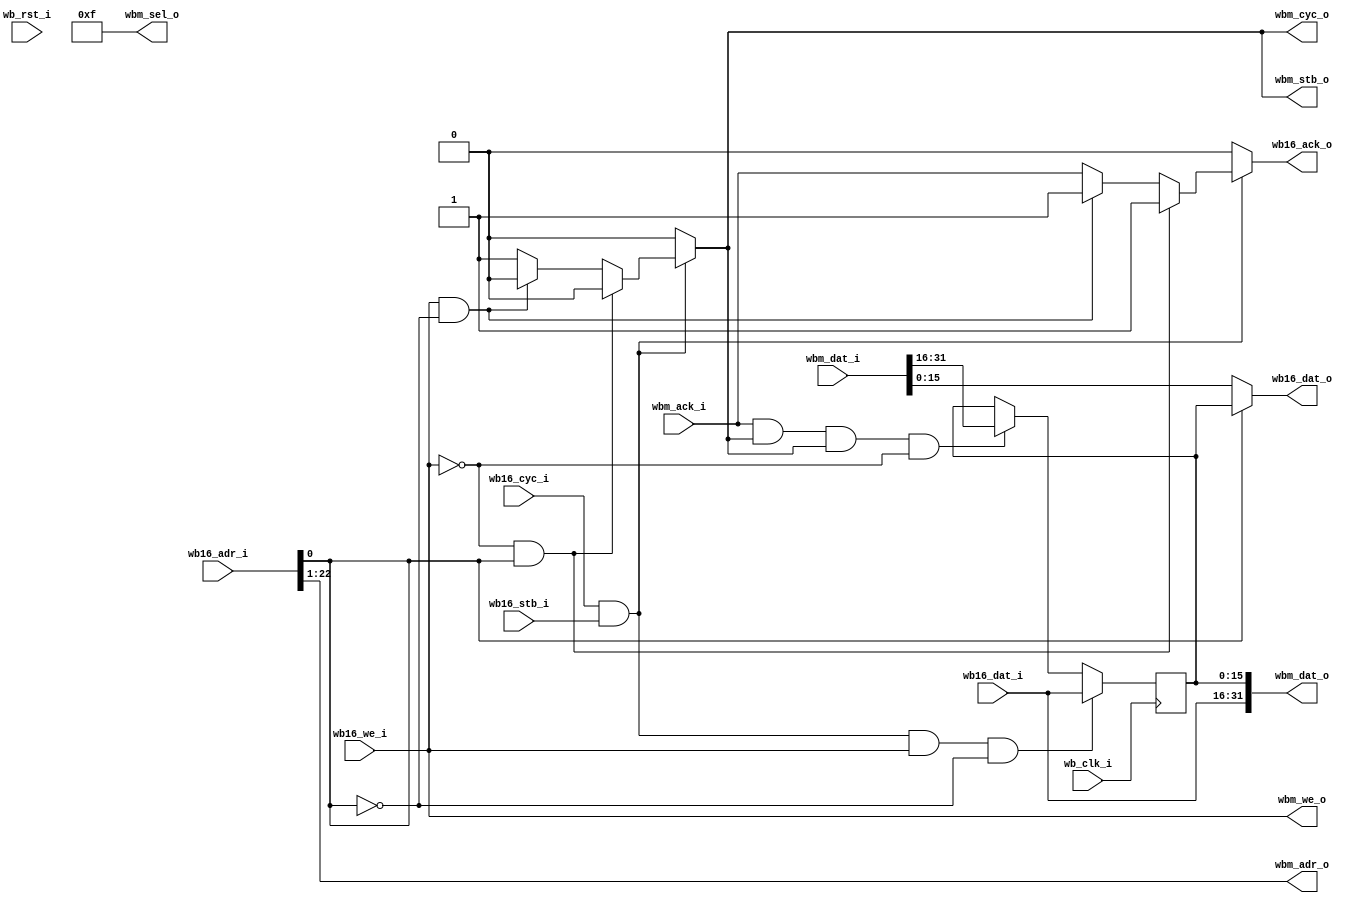
module wb32_bridge(
  wb_clk_i,
  wb_rst_i,
  wb16_adr_i,
  wb16_dat_i,
  wb16_dat_o,
  wb16_cyc_i,
  wb16_stb_i,
  wb16_we_i,
  wb16_ack_o,
  wbm_adr_o,
  wbm_dat_o,
  wbm_dat_i,
  wbm_cyc_o,
  wbm_stb_o,
  wbm_we_o,
  wbm_ack_i,
  wbm_sel_o
);
input wb_clk_i, wb_rst_i;
input [22:0] wb16_adr_i;
input [15:0] wb16_dat_i;
output [15:0] wb16_dat_o;
input wb16_cyc_i, wb16_stb_i, wb16_we_i;
output wb16_ack_o;
output [21:0] wbm_adr_o;
output [3:0] wbm_sel_o;
input [31:0] wbm_dat_i;
output [31:0] wbm_dat_o;
output wbm_cyc_o, wbm_stb_o, wbm_we_o;
input wbm_ack_i;
reg [15:0] datlatch;
reg wb16_ack_o, wbm_cyc_o, wbm_stb_o;
assign wb16_dat_o = wb16_adr_i[0] ? datlatch : wbm_dat_i[15:0];
always @(wb16_adr_i or wb16_we_i or wb16_cyc_i or wb16_stb_i or wbm_ack_i) begin
  wb16_ack_o = 1'b0;
  wbm_cyc_o = 1'b0;
  wbm_stb_o = 1'b0;
  if (wb16_cyc_i && wb16_stb_i) begin
    if (!wb16_we_i && wb16_adr_i[0]) begin
      wb16_ack_o = 1'b1;
    end else if (wb16_we_i && !wb16_adr_i[0]) begin
      wb16_ack_o = 1'b1;
    end else begin
      wbm_cyc_o = 1'b1;
      wbm_stb_o = 1'b1;
      wb16_ack_o = wbm_ack_i;
    end
  end  
end 
assign wbm_dat_o = {wb16_dat_i, datlatch};
assign wbm_we_o = wb16_we_i;
assign wbm_adr_o = wb16_adr_i[22:1];
assign wbm_sel_o = 4'b1111;
always @(posedge wb_clk_i) begin
  if (wbm_ack_i && wbm_stb_o && wbm_cyc_o && !wbm_we_o)
    datlatch <= wbm_dat_i[31:16]; 
  if (wb16_cyc_i && wb16_stb_i && wb16_we_i && !wb16_adr_i[0])
    datlatch <= wb16_dat_i;
end
endmodule